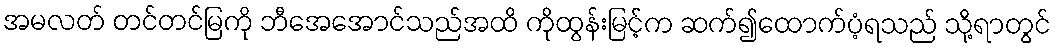
အမလတ် တင်တင်မြကို ဘီအေအောင်သည်အထိ ကိုထွန်းမြင့်က ဆက်၍ထောက်ပံ့ရသည် သို့ရာတွင်